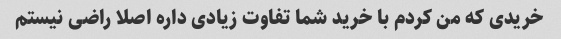
خریدی که من کردم با خرید شما تفاوت زیادی داره اصلا راضی نیستم